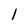
Character: l